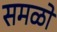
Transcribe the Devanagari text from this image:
समळो